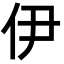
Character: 伊